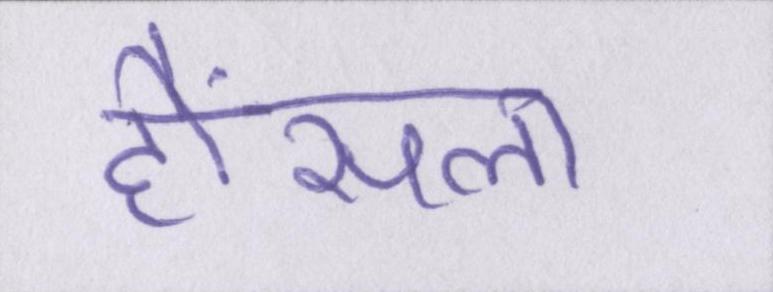
हौंसला